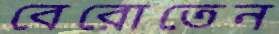
বেরোতেন